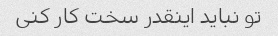
تو نباید اینقدر سخت کار کنی